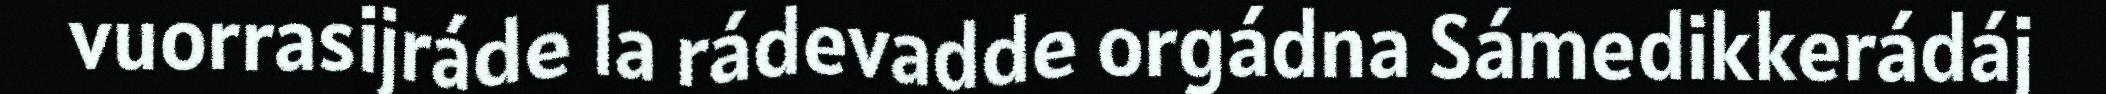
vuorrasijráde la rádevadde orgádna Sámedikkerádáj